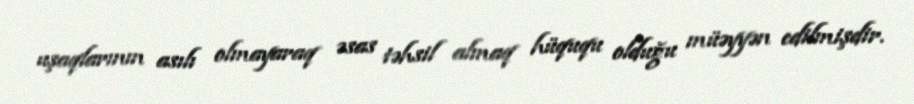
uşaqlarının asılı olmayaraq əsas təhsil almaq hüququ olduğu müəyyən edilmişdir.